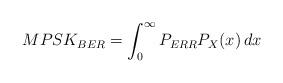
LaTeX: \begin{align*}MPSK_{BER}=\int_{0}^{\infty}P_{ERR}P_X(x)\,dx\end{align*}